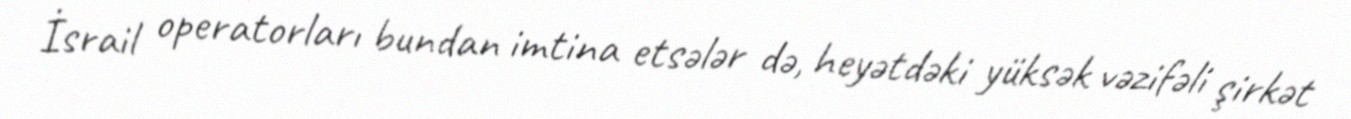
İsrail operatorları bundan imtina etsələr də, heyətdəki yüksək vəzifəli şirkət